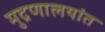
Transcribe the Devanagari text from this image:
मुद्रणालयांत